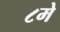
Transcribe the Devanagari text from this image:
८मे